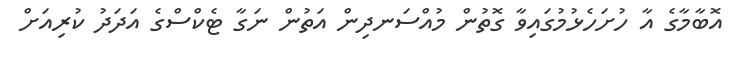
އޮބާމާގެ އާ ހުށަހެޅުމުގައިވާ ގޮތުން މުއްސަނދިން އަތުން ނަގާ ޓެކްސްގެ އަދަދު ކުރިއަށް